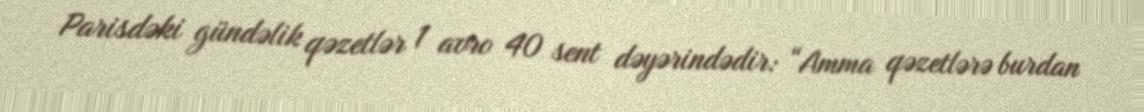
Parisdəki gündəlik qəzetlər 1 avro 40 sent dəyərindədir: “Amma qəzetlərə burdan